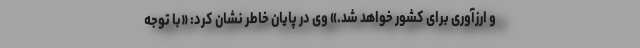
و ارزآوری برای کشور خواهد شد.» وی در پایان خاطر نشان کرد: «با توجه